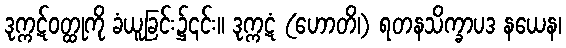
ဒုက္ကဋ်ဝတ္ထုကို ခံယူခြင်း၌၎င်း။ ဒုက္ကဋံ (ဟောတိ၊) ရတနသိက္ခာပဒ နယေန၊